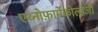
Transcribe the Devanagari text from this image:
एथ्नोफ़ार्मेकोलॉजी